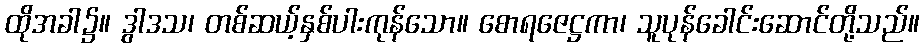
ထိုအခါ၌။ ဒွါဒသ၊ တစ်ဆယ့်နှစ်ပါးကုန်သော။ စောရဇေဋ္ဌကာ၊ သူပုန်ခေါင်းဆောင်တို့သည်။